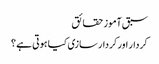
سبق آموز حقائق
کردار اور کردار سازی کیا ہوتی ہے ؟